Triennial report on the lunatic asylums in the province of Eastern Bengal and Assam - 1903-1911
Year: 1903
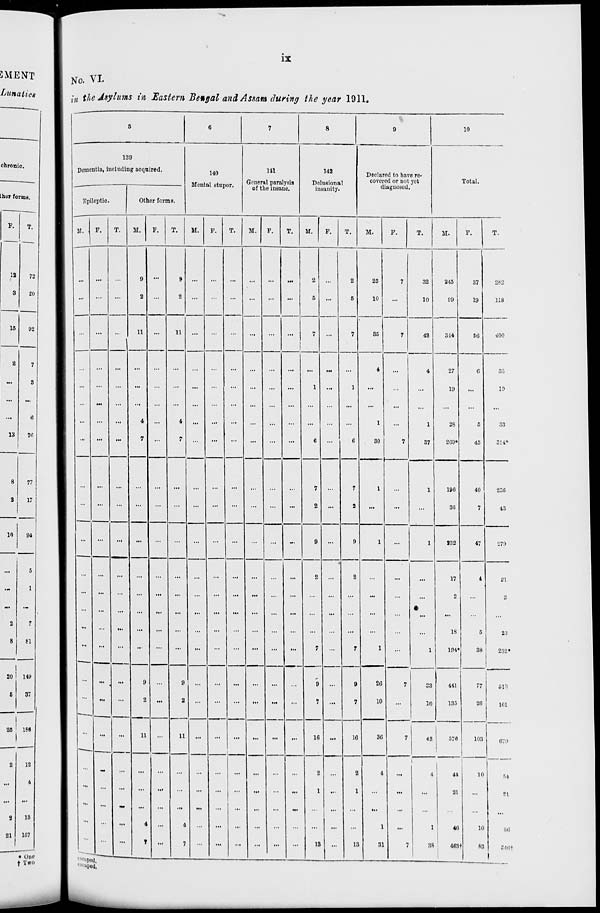
ix
No. VI.
in the Asylums in Eastern Bengal and Assam during the year 1911.
5
139
Dementia, including acquired.
Epileptic.
M.
...
...
...
...
...
...
...
...
...
...
...
...
...
...
...
...
...
...
...
...
...
...
...
...
F.
...
...
...
...
...
...
...
...
...
...
...
...
...
...
...
...
...
...
...
...
...
...
...
...
T.
...
...
...
...
...
...
...
...
...
...
...
...
...
...
...
...
...
...
...
...
...
...
...
...
Other forms.
M.
9
2
11
...
...
...
4
7
...
...
...
...
...
...
...
...
9
2
11
...
...
...
4
7
F.
...
...
...
...
...
...
...
...
...
...
...
...
...
...
...
...
...
...
...
...
...
...
...
...
T.
9
2
11
...
...
...
4
7
...
...
...
...
...
...
...
...
9
2
11
...
...
...
4
7
6
140
Mental stupor.
M.
...
...
...
...
...
...
...
...
...
...
...
...
...
...
...
...
...
...
...
...
...
...
...
...
F.
...
...
...
...
...
...
...
...
...
...
...
...
...
...
...
...
...
...
...
...
...
...
...
...
T.
...
...
...
...
...
...
...
...
...
...
...
...
...
...
...
...
...
...
...
...
...
...
...
...
7
141
General paralysis
of the insane.
M.
...
...
...
...
...
...
...
...
...
...
...
...
...
...
...
...
...
...
...
...
...
...
...
...
F.
...
...
...
...
...
...
...
...
...
...
...
...
...
...
...
...
...
...
...
...
...
...
...
...
T.
...
...
...
...
...
...
...
...
...
...
...
...
...
...
...
...
...
...
...
...
...
...
...
...
8
142
Delusional
insanity.
M.
2
5
7
...
1
...
...
6
7
2
9
2
...
...
...
7
9
7
16
2
1
...
...
13
F.
...
...
...
...
...
...
...
...
...
...
...
...
...
...
...
...
...
...
...
...
...
...
...
...
T.
2
5
7
...
1
...
...
6
7
2
9
2
...
...
...
7
9
7
16
2
1
...
...
13
9
Declared to have re-
covered or not yet
diagnosed.
M.
25
10
35
4
...
...
1
30
1
...
1
...
...
...
...
1
26
10
36
4
...
...
1
31
F.
7
...
7
...
...
...
...
7
...
...
...
...
...
...
...
...
7
...
7
...
...
...
...
7
T.
32
10
42
4
...
...
1
37
1
...
1
...
...
...
...
1
33
10
43
4
...
...
1
38
10
Total.
M.
245
99
344
27
19
...
28
269*
196
36
232
17
2
...
18
194*
441
135
570
44
21
...
46
463†
F.
37
19
56
6
...
...
5
45
40
7
47
4
...
...
5
38
77
26
103
10
...
...
10
83
T.
282
118
400
33
19
...
33
314*
236
43
279
21
2
...
23
232*
518
161
679
54
21
...
56
546†
escaped.
escaped.